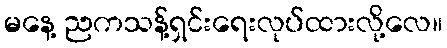
မနေ့ ညကသန့်ရှင်းရေးလုပ်ထားလို့လေ။